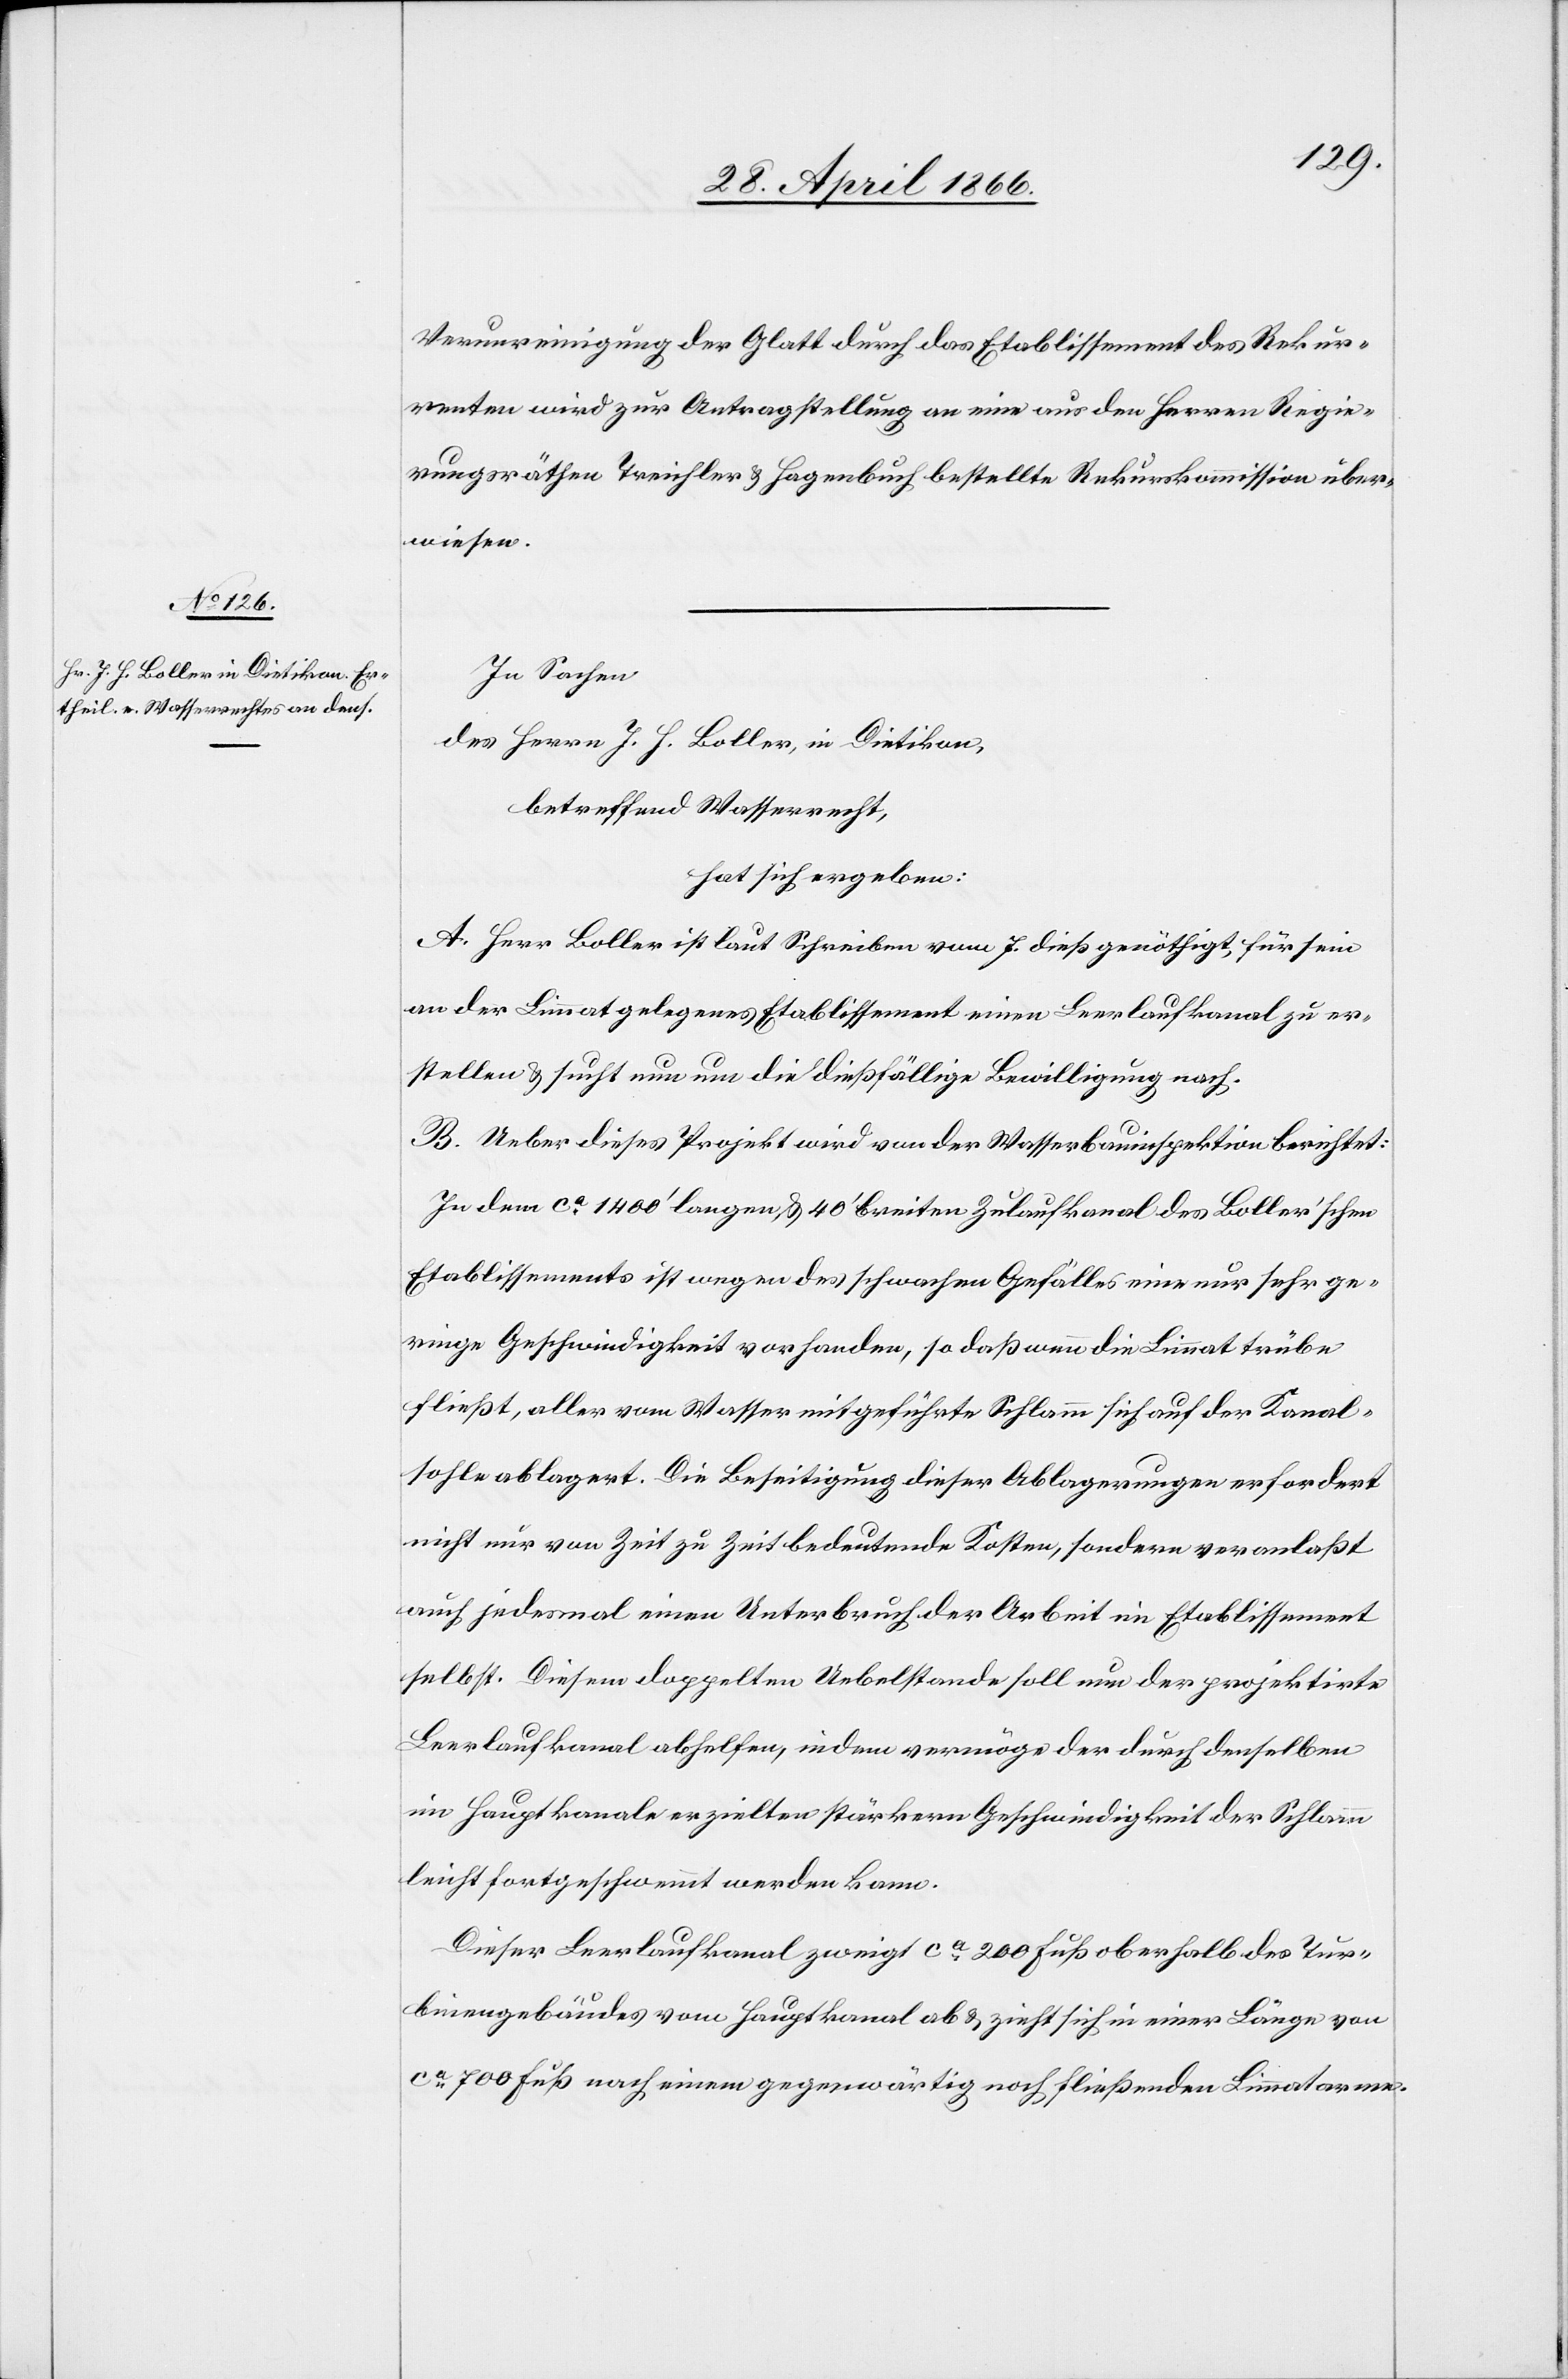
Verunreinigung der Glatt durch das Etablissement des Rekur¬
renten wird zur Antragstellung an eine aus den Herren Regie¬
rungsräthen Treichler u. Hagenbuch bestellte Rekurskommission über¬
wiesen.
In Sachen
des Herrn J. H. Boller in Dietikon,
betreffend Wasserrecht,
hat sich ergeben:
A. Herr Boller ist laut Schreiben vom 7. dieß genöthigt, für sein
an der Limmat gelegenes Etablissement einen Leerlaufkanal zu er¬
stellen u. sucht nun um die dießfällige Bewilligung nach.
B. Ueber dieses Projekt wird von der Wasserbauinspektion berichtet:
In dem ca. 1400‘ langen, 840‘ breiten Zulaufkanal des Boller’schen
Etablissements ist wegen des schwachen Gefälles eine nur sehr ge¬
ringe Geschwindigkeit vorhanden, so daß wenn die Limmat trübe
fließt, aller vom Wasser mitgeführte Schlamm sich auf der Kanal¬
sohle ablagert. Die Beseitigung dieser Ablagerungen erfordert
nicht nur von Zeit zu Zeit bedeutende Kosten, sondern veranlaßt
auch jedesmal einen Unterbruch der Arbeit im Etablissement
selbst. Diesem doppelten Uebelstande soll nun der projektirte
Leerlaufkanal abhelfen, indem vermöge der durch denselben
im Hauptkanale erzielten stärkern Geschwindigkeit der Schlamm
leicht fortgeschwemmt werden kann.
Dieser Leerlaufkanal zweigt ca. 200 Fuß oberhalb des Tur¬
binengebäudes vom Hauptkanal ab u. zieht sich in einer Länge von
ca. 700 Fuß nach einem gegenwärtig noch fließenden Limmatarme.